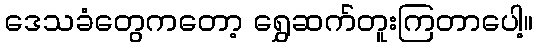
ဒေသခံတွေကတော့ ရွှေဆက်တူးကြတာပေါ့။